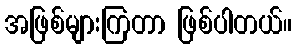
အဖြစ်များကြတာ ဖြစ်ပါတယ်။